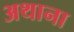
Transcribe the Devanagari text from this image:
अथाना